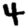
Digit: 4